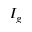
I _ { g }